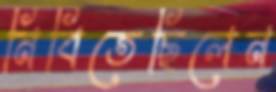
নিবিতেছিলেন